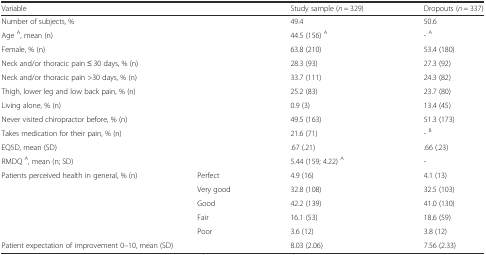
<table><thead><tr><td colspan="2"><b>Variable</b></td><td><b>Study sample (<i>n</i> = 329)</b></td><td><b>Dropouts (<i>n</i> = 337)</b></td></tr></thead><tbody><tr><td colspan="2">Number of subjects, %</td><td>49.4</td><td>50.6</td></tr><tr><td colspan="2">Age <sup>A</sup>, mean (n)</td><td>44.5 (156) <sup>A</sup></td><td>- <sup>A</sup></td></tr><tr><td colspan="2">Female, % (n)</td><td>63.8 (210)</td><td>53.4 (180)</td></tr><tr><td colspan="2">Neck and/or thoracic pain ≤ 30 days, % (n)</td><td>28.3 (93)</td><td>27.3 (92)</td></tr><tr><td colspan="2">Neck and/or thoracic pain &gt;30 days, % (n)</td><td>33.7 (111)</td><td>24.3 (82)</td></tr><tr><td colspan="2">Thigh, lower leg and low back pain, % (n)</td><td>25.2 (83)</td><td>23.7 (80)</td></tr><tr><td colspan="2">Living alone, % (n)</td><td>0.9 (3)</td><td>13.4 (45)</td></tr><tr><td colspan="2">Never visited chiropractor before, % (n)</td><td>49.5 (163)</td><td>51.3 (173)</td></tr><tr><td colspan="2">Takes medication for their pain, % (n)</td><td>21.6 (71)</td><td>- <sup>B</sup></td></tr><tr><td colspan="2">EQ5D, mean (SD)</td><td>.67 (.21)</td><td>.66 (.23)</td></tr><tr><td colspan="2">RMDQ <sup>A</sup>, mean (n; SD)</td><td>5.44 (159; 4.22) <sup>A</sup></td><td>-</td></tr><tr><td rowspan="5">Patients perceived health in general, % (n)</td><td>Perfect</td><td>4.9 (16)</td><td>4.1 (13)</td></tr><tr><td>Very good</td><td>32.8 (108)</td><td>32.5 (103)</td></tr><tr><td>Good</td><td>42.2 (139)</td><td>41.0 (130)</td></tr><tr><td>Fair</td><td>16.1 (53)</td><td>18.6 (59)</td></tr><tr><td>Poor</td><td>3.6 (12)</td><td>3.8 (12)</td></tr><tr><td colspan="2">Patient expectation of improvement 0–10, mean (SD)</td><td>8.03 (2.06)</td><td>7.56 (2.33)</td></tr></tbody></table>